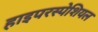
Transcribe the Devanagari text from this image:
हाइपरस्पेशियल